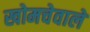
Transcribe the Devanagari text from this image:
खोमचेवाले